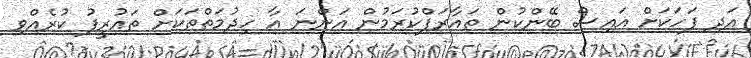
އަދި ފަހަކަށް އައިސް ބޭންކުން ތައާރަފްކުރަމުން އަންނަ އާ ހިދުމަތްތަކަށް ތައުރީފު ކުރެއްވި